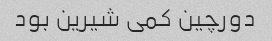
دورچین کمی شیرین بود